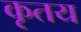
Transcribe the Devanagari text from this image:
कृतय